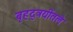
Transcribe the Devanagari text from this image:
बृहद्त्रयींतले